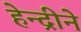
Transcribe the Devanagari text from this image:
हेन्द्रीने